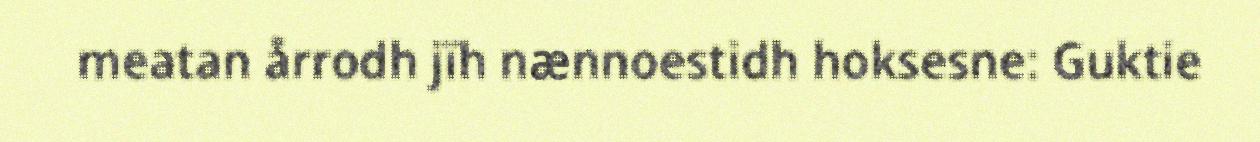
meatan årrodh jïh nænnoestidh hoksesne: Guktie